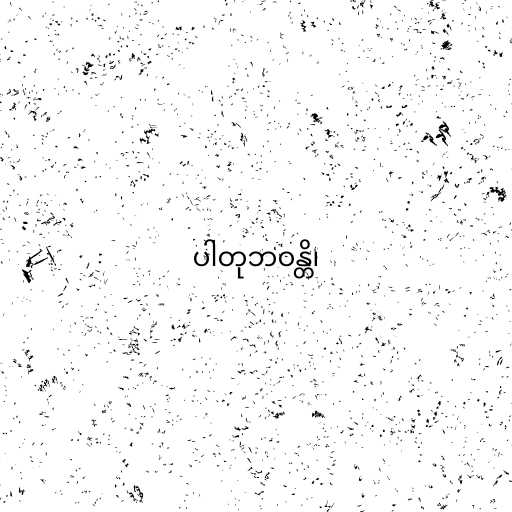
ပါတုဘဝန္တိ၊